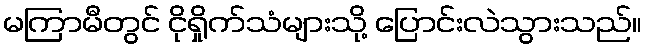
မကြာမီတွင် ငိုရှိုက်သံများသို့ ပြောင်းလဲသွားသည်။